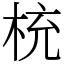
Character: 𣑁